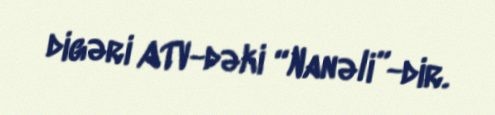
digəri ATV-dəki “Nanəli”-dir.